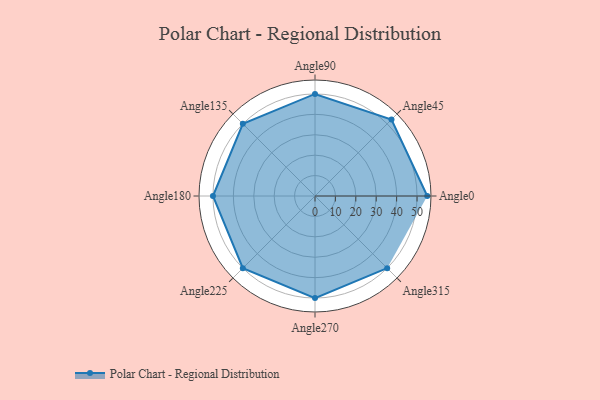
{"axis": {"x": "Angle", "y": "Radius"}, "legend": [""], "data": [{"x": "Angle0", "y": 55.0, "type": ""}, {"x": "Angle45", "y": 53.0, "type": ""}, {"x": "Angle90", "y": 50, "type": ""}, {"x": "Angle135", "y": 50, "type": ""}, {"x": "Angle180", "y": 50, "type": ""}, {"x": "Angle225", "y": 50, "type": ""}, {"x": "Angle270", "y": 50, "type": ""}, {"x": "Angle315", "y": 50, "type": ""}]}